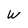
Character: w